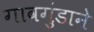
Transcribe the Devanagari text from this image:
गावगुंडाने